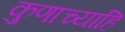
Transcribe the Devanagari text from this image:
कुणाच्याहि